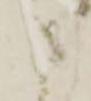
た